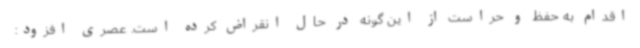
اقدام به حفظ و حراست از این گونه در حال انقراض کرده است. عصری افزود: